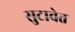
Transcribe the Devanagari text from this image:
सुटावेत